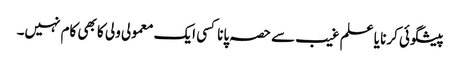
پیشگوئی کرنا یا علم غیب سے حصہ پانا کسی ایک معمولی ولی کا بھی کام نہیں۔